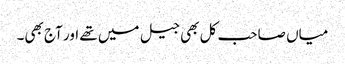
میاں صاحب کل بھی جیل میں تھے اور آج بھی۔